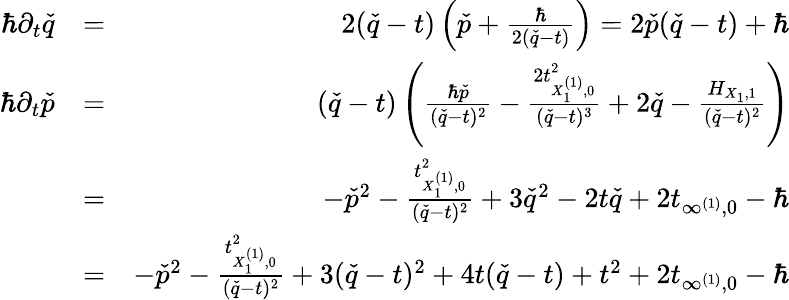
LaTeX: \begin{array}{rlr}{\hbar\partial_{t}\check{q}}&{=}&{2(\check{q}-t)\left(\check{p}+\frac{\hbar}{2(\check{q}-t)}\right)=2\check{p}(\check{q}-t)+\hbar}\\ {\hbar\partial_{t}\check{p}}&{=}&{(\check{q}-t)\left(\frac{\hbar\check{p}}{(\check{q}-t)^{2}}-\frac{2t_{X_{1}^{(1)},0}^{2}}{(\check{q}-t)^{3}}+2\check{q}-\frac{H_{X_{1},1}}{(\check{q}-t)^{2}}\right)}\\ &{=}&{-\check{p}^{2}-\frac{t_{X_{1}^{(1)},0}^{2}}{(\check{q}-t)^{2}}+3\check{q}^{2}-2t\check{q}+2t_{\infty^{(1)},0}-\hbar}\\ &{=}&{-\check{p}^{2}-\frac{t_{X_{1}^{(1)},0}^{2}}{(\check{q}-t)^{2}}+3(\check{q}-t)^{2}+4t(\check{q}-t)+t^{2}+2t_{\infty^{(1)},0}-\hbar}\end{array}